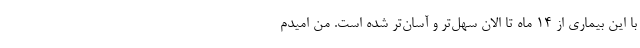
با این بیماری از ۱۴ ماه تا الان سهل‌تر و آسان‌تر شده است. من امیدم